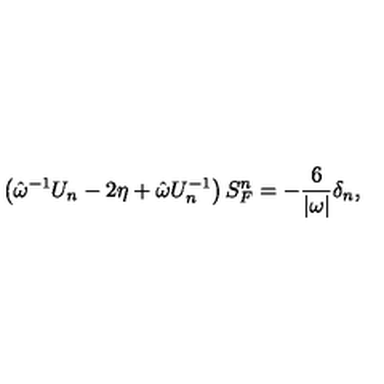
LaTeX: \left( \hat { \omega } ^ { - 1 } U _ { n } - 2 \eta + \hat { \omega } U _ { n } ^ { - 1 } \right) S _ { F } ^ { n } = - \frac 6 { | \omega | } \delta _ { n } ,